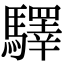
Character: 驛